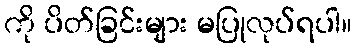
ကို ပိတ်ခြင်းများ မပြုလုပ်ရပါ။